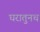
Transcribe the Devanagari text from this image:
घरातुनच